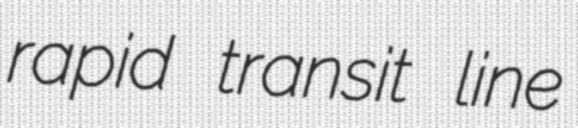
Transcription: rapid transit line